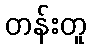
တန်းတူ